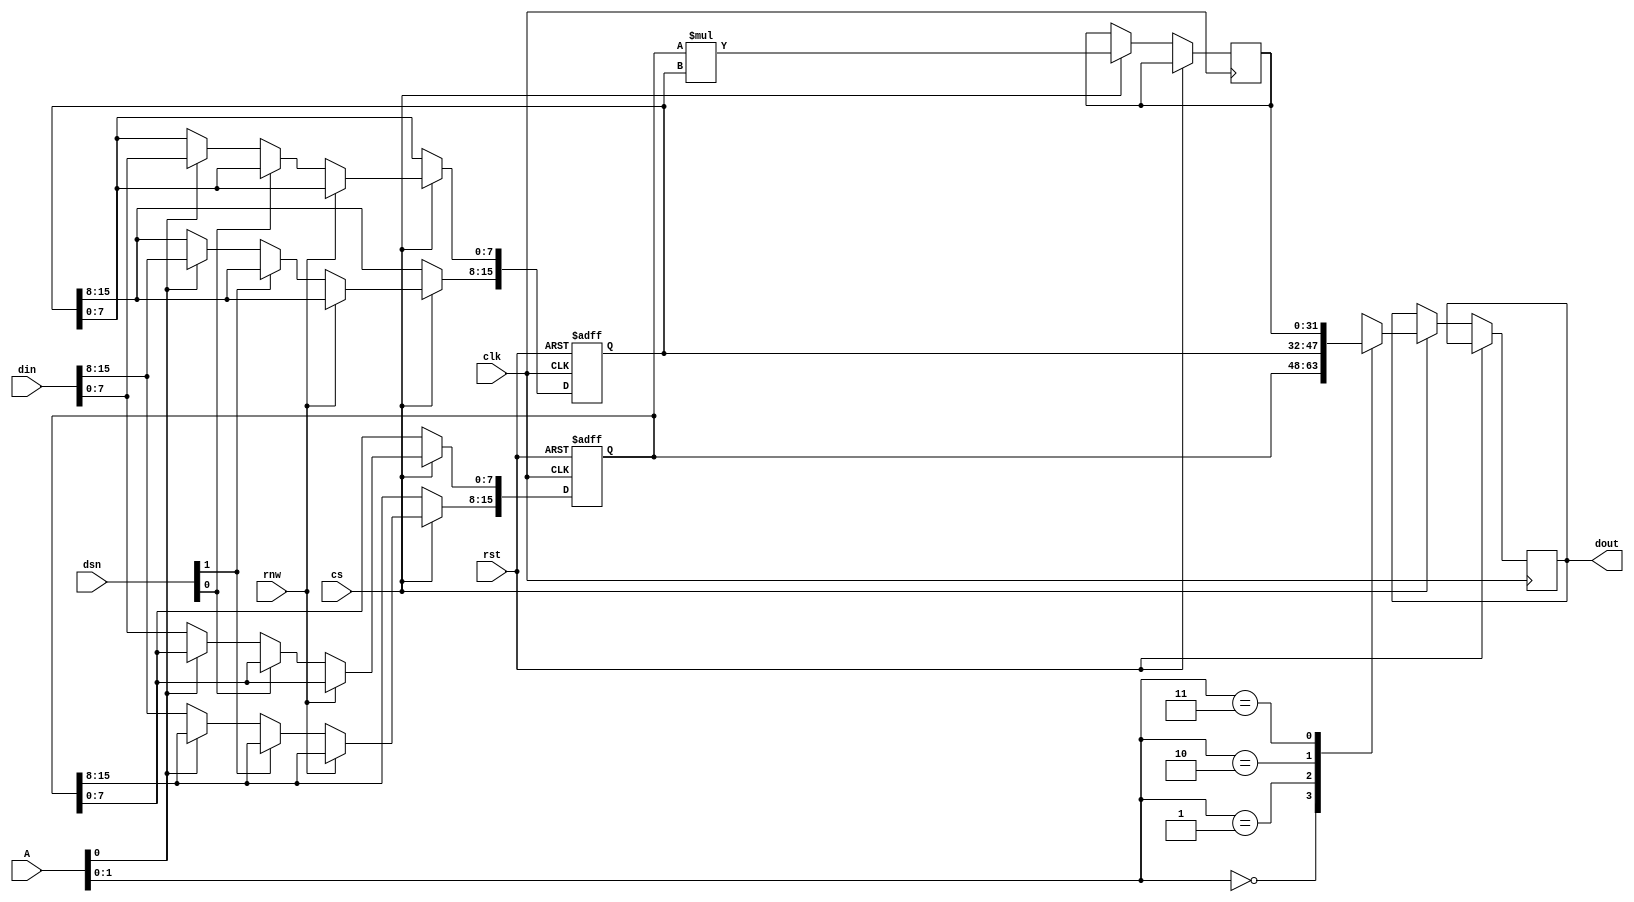
/*  This file is part of JTS16.
    JTS16 program is free software: you can redistribute it and/or modify
    it under the terms of the GNU General Public License as published by
    the Free Software Foundation, either version 3 of the License, or
    (at your option) any later version.

    JTS16 program is distributed in the hope that it will be useful,
    but WITHOUT ANY WARRANTY; without even the implied warranty of
    MERCHANTABILITY or FITNESS FOR A PARTICULAR PURPOSE.  See the
    GNU General Public License for more details.

    You should have received a copy of the GNU General Public License
    along with JTS16.  If not, see <http://www.gnu.org/licenses/>.

    Author: Jose Tejada Gomez. Twitter: @topapate
    Version: 1.0
    Date: 31-10-2021 */

// SEGA 315-5248 model based on MAME driver

module jts16b_mul(
    input              rst,
    input              clk,

    input      [23:1]  A,
    input      [ 1:0]  dsn,
    input              rnw,
    input              cs,
    input      [15:0]  din,

    output reg [15:0]  dout
);

reg [15:0] factors[0:1];
reg [31:0] mul;

always @(posedge clk or posedge rst) begin 
    if(rst) begin
        factors[0] <= 0;
        factors[1] <= 0;
    end else if(cs) begin
        mul <= factors[0] * factors[1];
        if( !rnw ) begin
            if( !dsn[0] ) factors[A[1]][ 7:0] <=  din[ 7:0];
            if( !dsn[1] ) factors[A[1]][15:8] <=  din[15:8];
        end
        case(A[2:1])
            0: dout <= factors[0];
            1: dout <= factors[1];
            2: dout <= mul[31:16];
            3: dout <= mul[15: 0];
        endcase
    end
end

endmodule